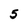
Character: 5